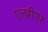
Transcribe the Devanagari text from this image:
एलबीएफ